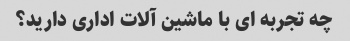
چه تجربه ای با ماشین آلات اداری دارید؟